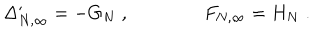
\Delta _ { N , \infty } ^ { \prime } = - G _ { N } \; , \qquad \qquad F _ { N , \infty } = H _ { N } \; .